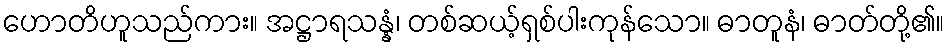
ဟောတိဟူသည်ကား။ အဋ္ဌာရသန္နံ၊ တစ်ဆယ့်ရှစ်ပါးကုန်သော။ ဓာတူနံ၊ ဓာတ်တို့၏။